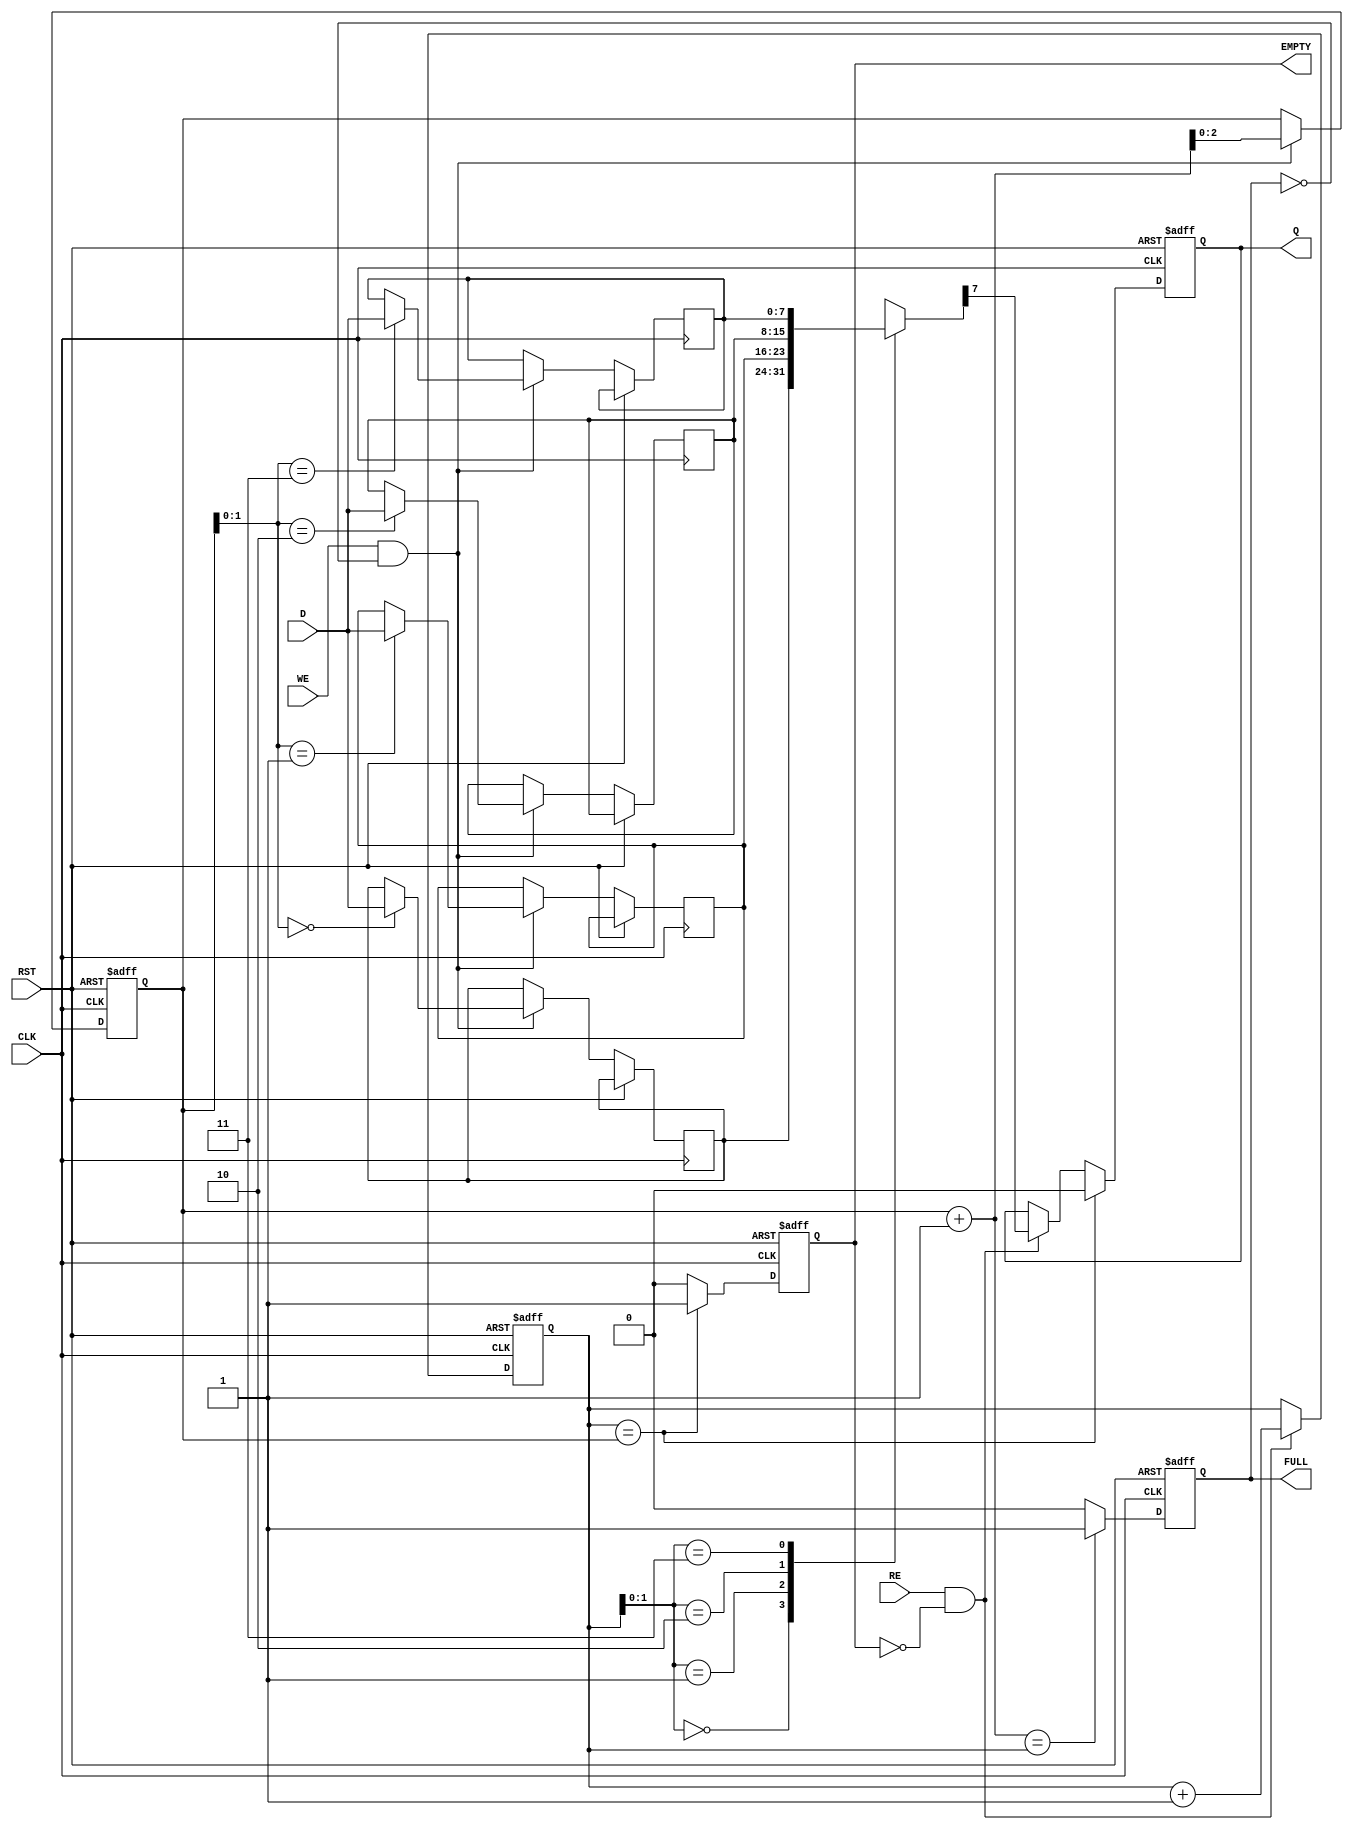
module fifo_piso #(parameter N = 8, // Width of the data input
                   parameter DEPTH = 4 // Depth of the FIFO
                  ) (
    input  wire [N-1:0] D,      // Parallel data input
    input  wire WE,             // Write enable
    input  wire RE,             // Read enable
    input  wire CLK,            // Clock
    input  wire RST,            // Reset
    output reg  Q,              // Serial output
    output reg  FULL,           // FIFO full flag
    output reg  EMPTY           // FIFO empty flag
);

    reg [N-1:0] fifo_mem [0:DEPTH-1]; // FIFO memory storage
    reg [2:0] write_pointer; // Pointer for writing data
    reg [2:0] read_pointer;  // Pointer for reading data

    // Asynchronous reset
    always @(posedge CLK or posedge RST) begin
        if (RST) begin
            write_pointer <= 0;
            read_pointer <= 0;
            FULL <= 0;
            EMPTY <= 1;
            Q <= 0;
        end else begin
            // Writing data
            if (WE && !FULL) begin
                fifo_mem[write_pointer] <= D; // Store data in FIFO
                write_pointer <= write_pointer + 1; // Increment write pointer
            end
            
            // Reading data
            if (RE && !EMPTY) begin
                Q <= fifo_mem[read_pointer][N-1]; // Output the MSB of the data at the read pointer
                read_pointer <= read_pointer + 1; // Increment read pointer
            end
            
            // Checking FULL condition
            if (write_pointer + 1 == read_pointer) begin
                FULL <= 1; // FIFO is full
            end else begin
                FULL <= 0; // FIFO is not full
            end
            
            // Checking EMPTY condition
            if (read_pointer == write_pointer) begin
                EMPTY <= 1; // FIFO is empty
                Q <= 0; // Clear output when empty
            end else begin
                EMPTY <= 0; // FIFO is not empty
            end
        end
    end

endmodule